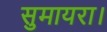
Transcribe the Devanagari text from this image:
सुमायरा।